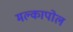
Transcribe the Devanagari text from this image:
मल्कापोल